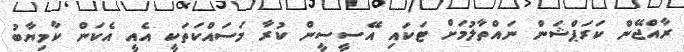
ރާއްޖޭން ކަރަޕްޝަން ނައްތާލުމަށް ޓަކައި އޭސީސީން ކުރާ މަސައްކަތަކީ އެއީ އެކަން ކާމިޔާބު